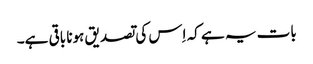
بات یہ ہے کہ اِس کی تصدیق ہونا باقی ہے۔